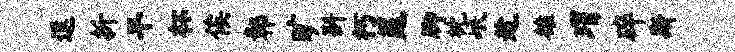
逗折旱杯俟鄣旷斟朽筵脚枕岷趁雒瑁碎斯